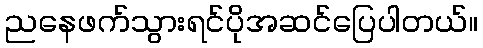
ညနေဖက်သွားရင်ပိုအဆင်ပြေပါတယ်။